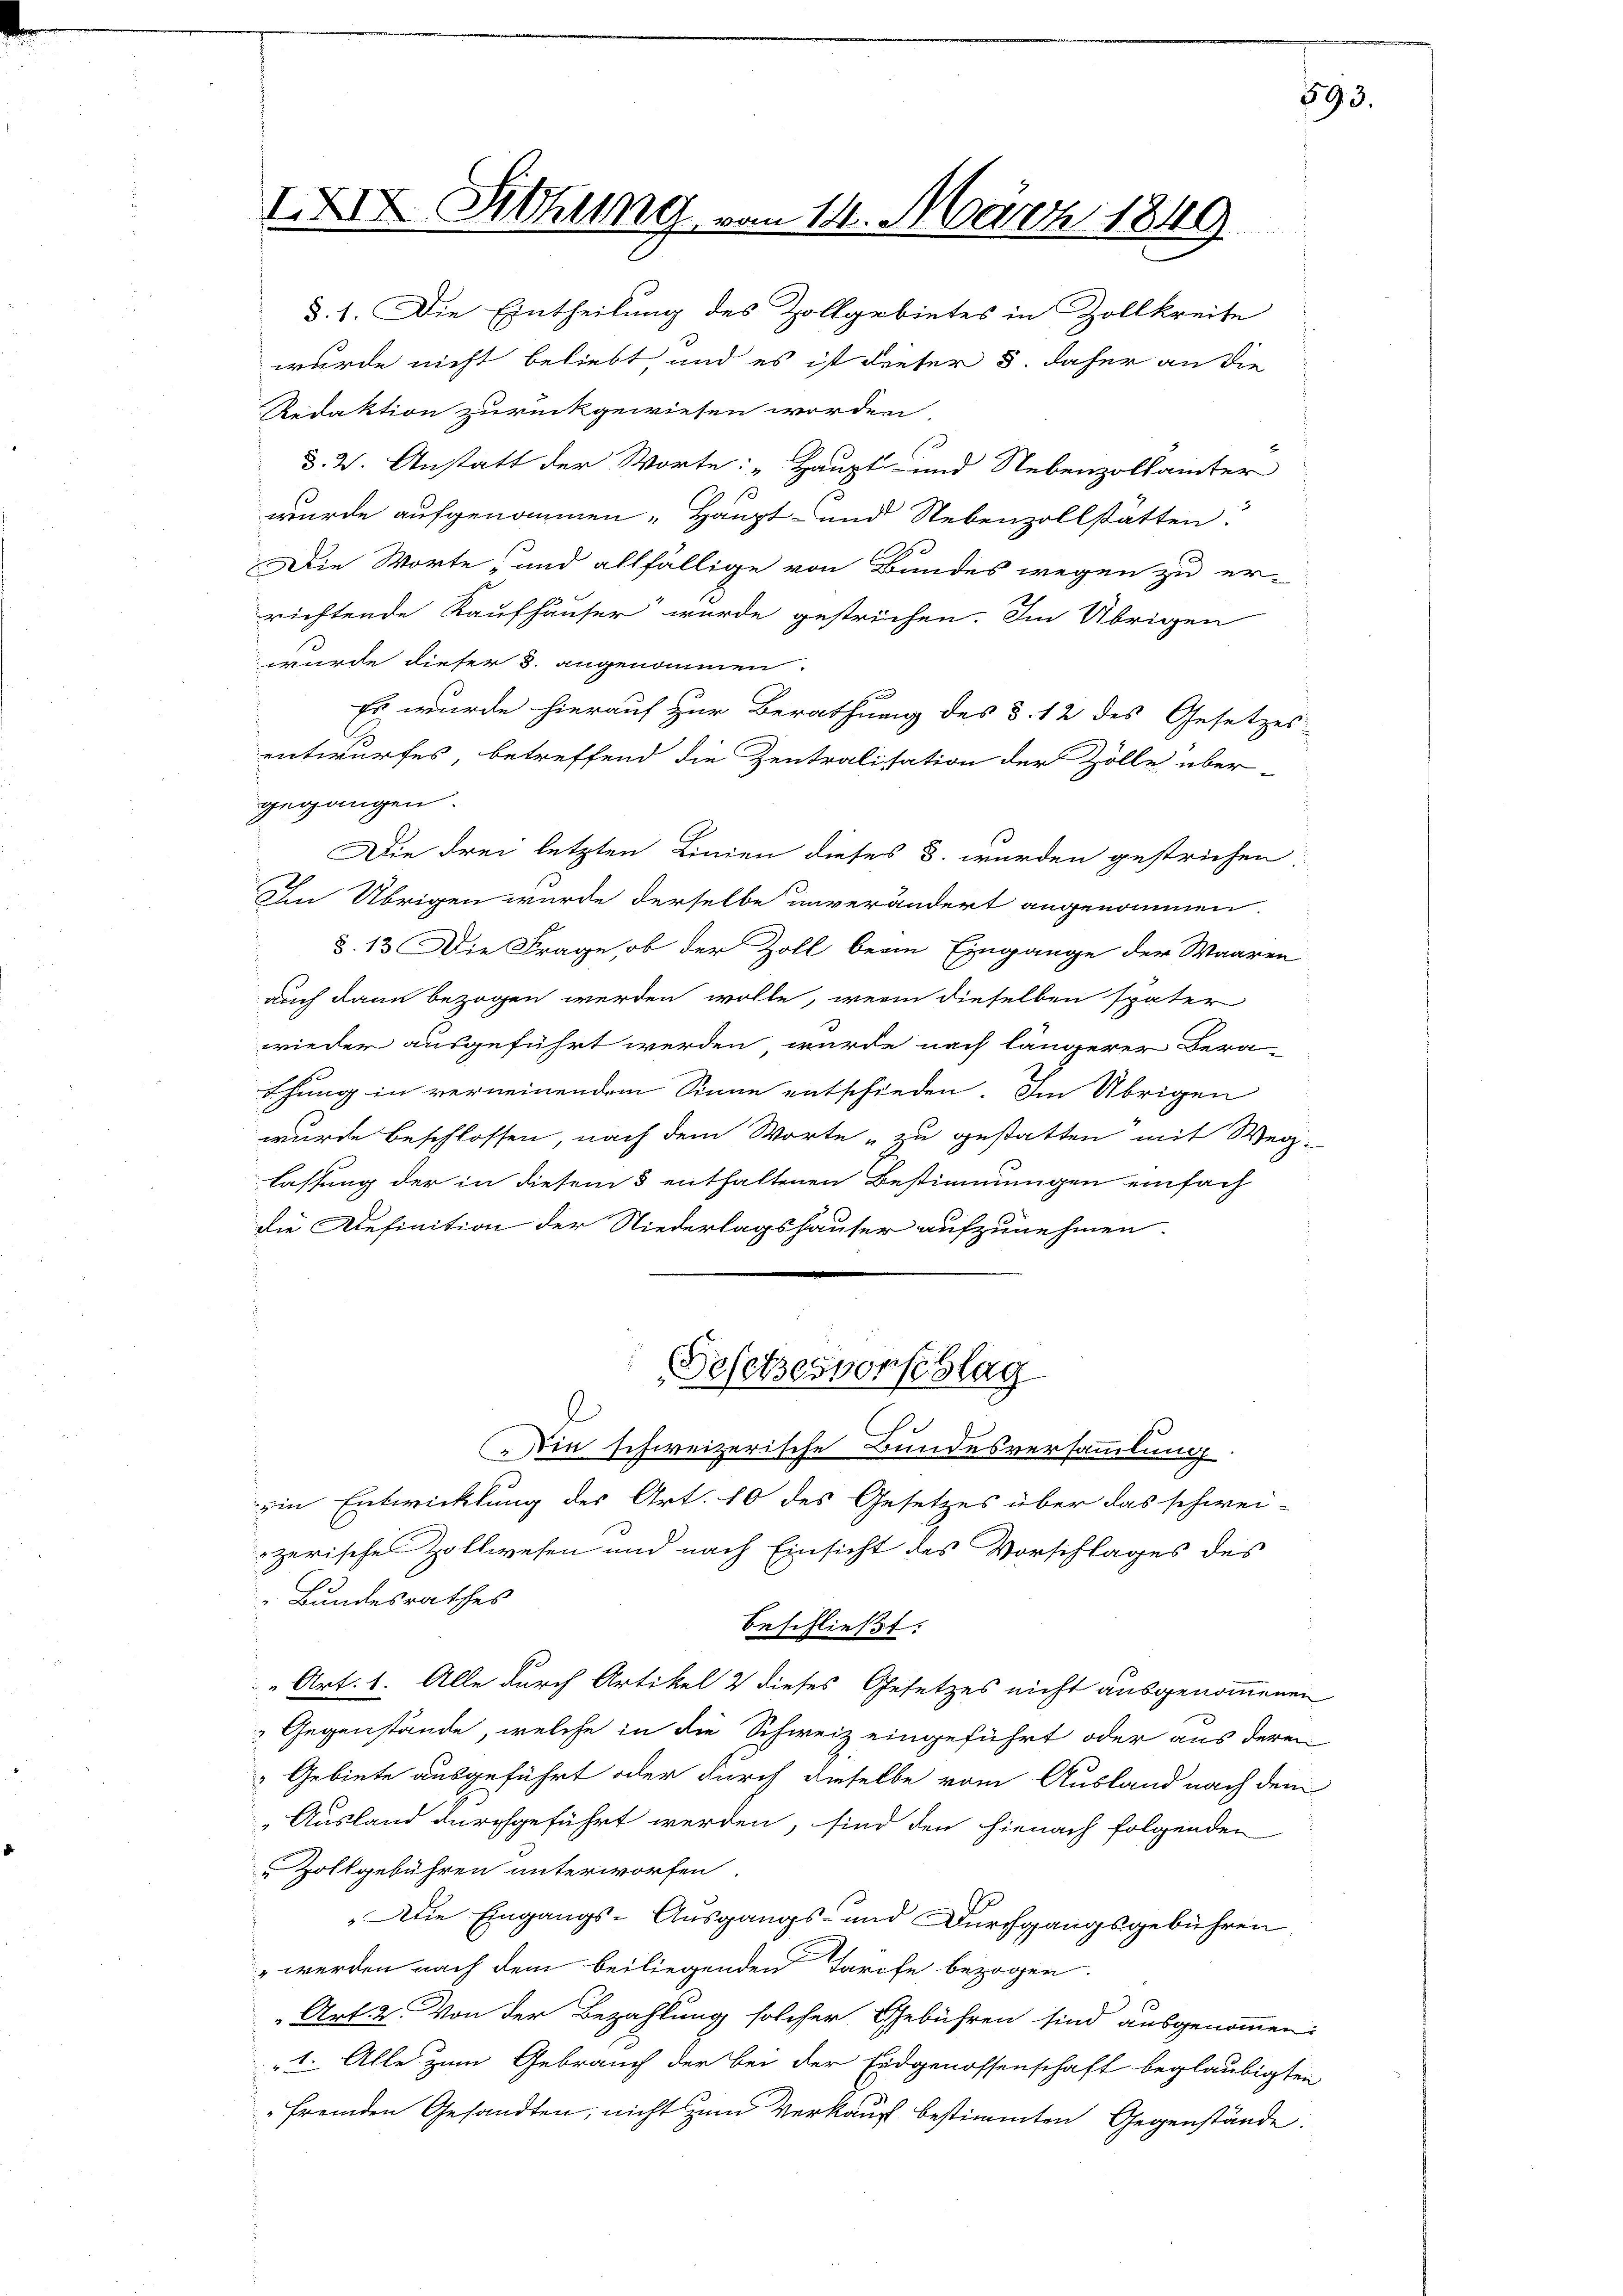
XI Sitzung vom 14. März 1849.

§. 1. Die Eintheilung des Zollgebietes in Zollkreite
wurde nicht beliebt und es ist dieser 5. daher an die
Redaktion zurückgewiesen worden
§. 2. Anstatt der Worte: „Haupt- und Nebenzollämter
wurde aufgenommen „Haupt- und Nebenzollstätten?
Die Worte, und allfällige von Bundes wegen zu er-
richtende Kaufhäuser wurde gestrichen. Im Übrigen
wurde dieser §. angenommen.
Es wurde hierauf zur Berathung des §. 12 des Gesetzes-
entwurfes, betreffend die Zentralisation der Zölle über-
gegangen.
Die drei letzten Linien dieses 3. wurden gestrichen.
In Übrigen wurde derselbe unverändert angenommen.
§. 13. Die Frage, ob der Zoll beim Eingange der Waaren
auch dann bezogen werden wolle, wenn dieselben später
wieder ausgeführt werden, wurde nach längerer Bera-
ehung in verneinendem Sinne entschieden. Im Übrigen
wurde beschlossen, nach dem Worte zu gestatten mit Weg-
lassung der in diesem 5 enthaltenen Bestimmungen einfach
die Definition der Niederlagshauser aufzunehmen.
Gesetzesvorschlag
l
Die schweizerische Bundesversammlung
in Entwicklung des Art. 10 des Gesetzes über das schwei-
zerisches Zollwesen und nach Einsicht des Vorschlages des
Bundesrathes
beschließt:
Art. 1. Alle durch Artikel 2 dieses Gesetzes nicht ausgenommenen
Gegenstände, welche in die Schweiz eingeführt oder aus deren
Gebiete ausgeführt oder durch dieselbe vom Ausland nach dem
Ausland durchgeführt werden, sind den hienach folgenden
Zollgebühren unterworfen
Die Eingangs-Ausgangs- und Durchgangsgebühren.
 werden nach dem beiliegenden Tarife bezogen.
Art. 2. Von der Bezahlung solcher Gebühren sind ausgenommen:
"1. Alle zum Gebrauch der bei der Eidgenossenschaft beglaubigten
fremden Gesandten, nicht zum Verkauf bestimmten Gegenstände.

593.